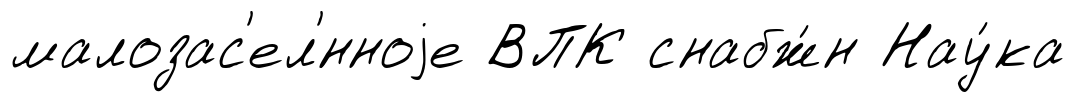
малозас'ел'́нноjе ВПК снабж́н Нау́ка